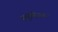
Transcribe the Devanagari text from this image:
सभूतविजय